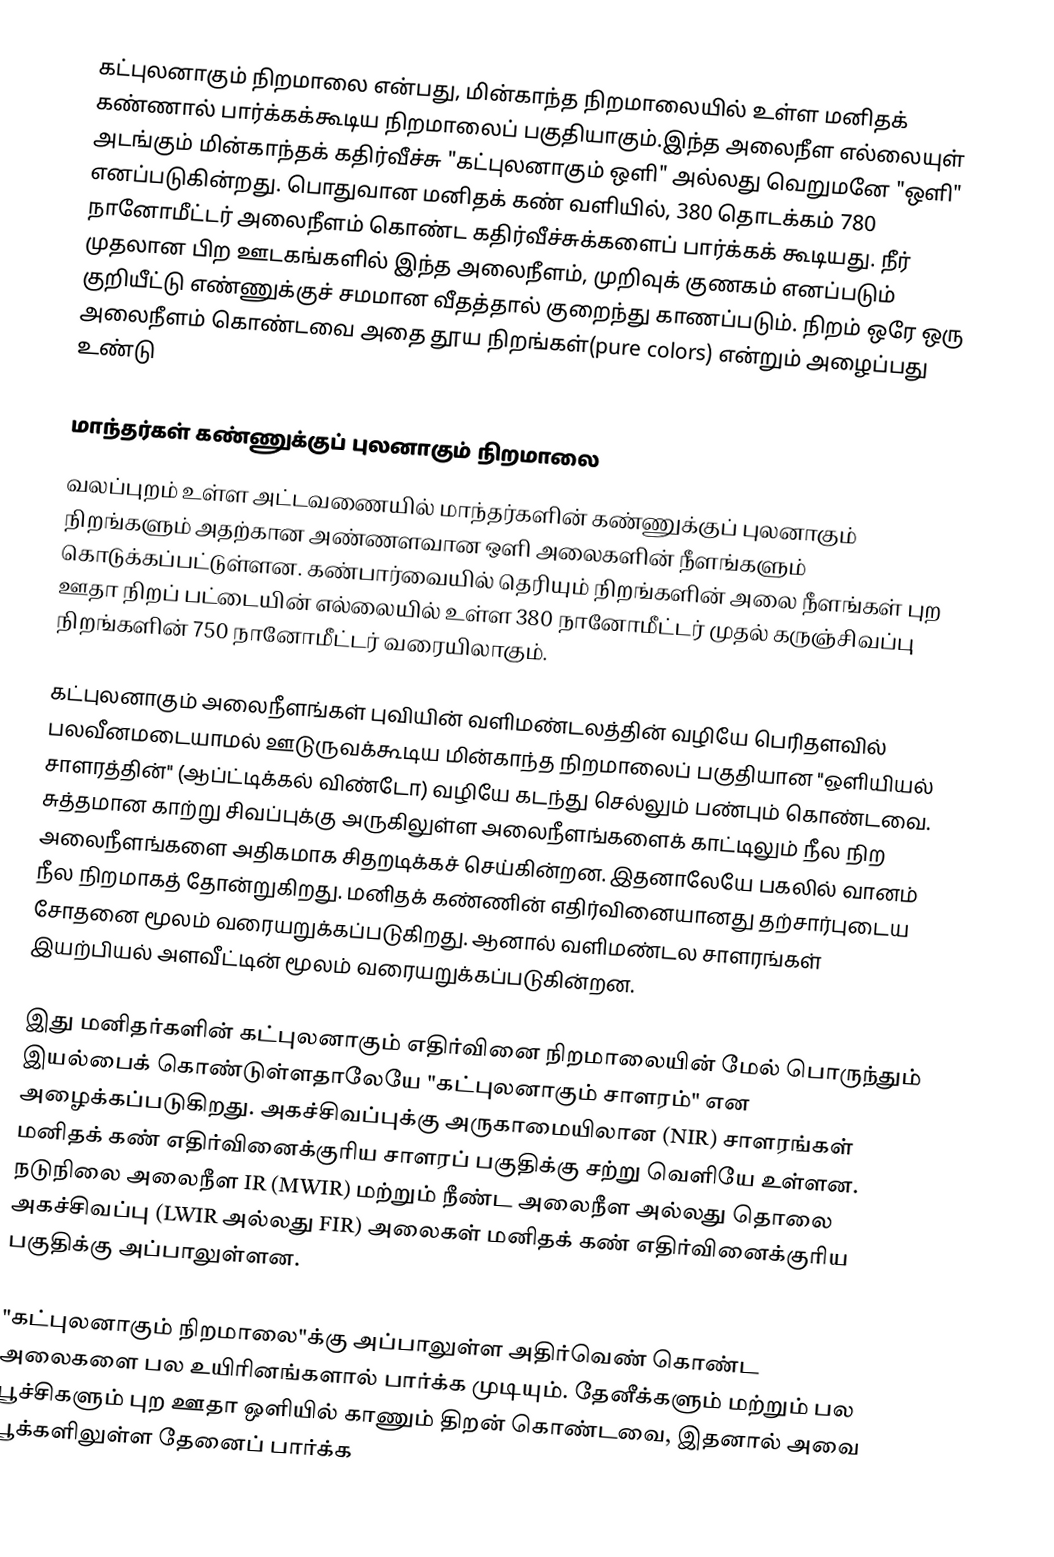
கட்புலனாகும் நிறமாலை என்பது, மின்காந்த நிறமாலையில் உள்ள மனிதக் கண்ணால் பார்க்கக்கூடிய நிறமாலைப் பகுதியாகும்.இந்த அலைநீள எல்லையுள் அடங்கும் மின்காந்தக் கதிர்வீச்சு "கட்புலனாகும் ஒளி" அல்லது வெறுமனே "ஒளி" எனப்படுகின்றது. பொதுவான மனிதக் கண் வளியில், 380 தொடக்கம் 780 நானோமீட்டர் அலைநீளம் கொண்ட கதிர்வீச்சுக்களைப் பார்க்கக் கூடியது. நீர் முதலான பிற ஊடகங்களில் இந்த அலைநீளம், முறிவுக் குணகம் எனப்படும் குறியீட்டு எண்ணுக்குச் சமமான வீதத்தால் குறைந்து காணப்படும். நிறம் ஒரே ஒரு அலைநீளம் கொண்டவை அதை தூய நிறங்கள்(pure colors) என்றும் அழைப்பது உண்டு

மாந்தர்கள் கண்ணுக்குப் புலனாகும் நிறமாலை
வலப்புறம் உள்ள அட்டவணையில் மாந்தர்களின் கண்ணுக்குப் புலனாகும் நிறங்களும் அதற்கான அண்ணளவான ஒளி அலைகளின் நீளங்களும் கொடுக்கப்பட்டுள்ளன. கண்பார்வையில் தெரியும் நிறங்களின் அலை நீளங்கள் புற ஊதா நிறப் பட்டையின் எல்லையில் உள்ள 380 நானோமீட்டர் முதல் கருஞ்சிவப்பு நிறங்களின் 750 நானோமீட்டர் வரையிலாகும்.

கட்புலனாகும் அலைநீளங்கள் புவியின் வளிமண்டலத்தின் வழியே பெரிதளவில் பலவீனமடையாமல் ஊடுருவக்கூடிய மின்காந்த நிறமாலைப் பகுதியான "ஒளியியல் சாளரத்தின்" (ஆப்ட்டிக்கல் விண்டோ) வழியே கடந்து செல்லும் பண்பும் கொண்டவை. சுத்தமான காற்று சிவப்புக்கு அருகிலுள்ள அலைநீளங்களைக் காட்டிலும் நீல நிற அலைநீளங்களை அதிகமாக சிதறடிக்கச் செய்கின்றன. இதனாலேயே பகலில் வானம் நீல நிறமாகத் தோன்றுகிறது. மனிதக் கண்ணின் எதிர்வினையானது தற்சார்புடைய சோதனை மூலம் வரையறுக்கப்படுகிறது. ஆனால் வளிமண்டல சாளரங்கள் இயற்பியல் அளவீட்டின் மூலம் வரையறுக்கப்படுகின்றன.

இது மனிதர்களின் கட்புலனாகும் எதிர்வினை நிறமாலையின் மேல் பொருந்தும் இயல்பைக் கொண்டுள்ளதாலேயே "கட்புலனாகும் சாளரம்" என அழைக்கப்படுகிறது. அகச்சிவப்புக்கு அருகாமையிலான (NIR) சாளரங்கள் மனிதக் கண் எதிர்வினைக்குரிய சாளரப் பகுதிக்கு சற்று வெளியே உள்ளன. நடுநிலை அலைநீள IR (MWIR) மற்றும் நீண்ட அலைநீள அல்லது தொலை அகச்சிவப்பு (LWIR அல்லது FIR) அலைகள் மனிதக் கண் எதிர்வினைக்குரிய பகுதிக்கு அப்பாலுள்ளன.

"கட்புலனாகும் நிறமாலை"க்கு அப்பாலுள்ள அதிர்வெண் கொண்ட அலைகளை பல உயிரினங்களால் பார்க்க முடியும். தேனீக்களும் மற்றும் பல பூச்சிகளும் புற ஊதா ஒளியில் காணும் திறன் கொண்டவை, இதனால் அவை பூக்களிலுள்ள தேனைப் பார்க்க